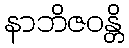
နာဘိဇဝန္တိ